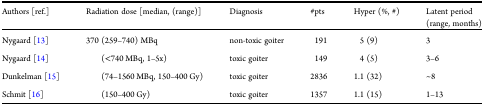
| Authors [ref.] | Radiation dose [median, (range)] | Diagnosis | #pts | Hyper (%, #) | Latent period (range, months) |
 | --- | --- | --- | --- | --- | --- |
 | Nygaard [13] | 370 (259–740) MBq | non-toxic goiter | 191 | 5 (9) | 3 |
 | Nygaard [14] | (<740 MBq, 1–5x) | toxic goiter | 149 | 4 (5) | 3–6 |
 | Dunkelman [15] | (74–1560 MBq, 150–400 Gy) | toxic goiter | 2836 | 1.1 (32) | ~8 |
 | Schmit [16] | (150–400 Gy) | toxic goiter | 1357 | 1.1 (15) | 1–13 |